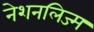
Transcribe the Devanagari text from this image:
नेशनलिज्म